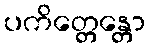
ပကိတ္တေန္တော